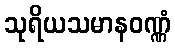
သုရိယသမာနဝဏ္ဏံ